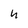
Character: h